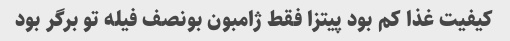
کیفیت غذا کم بود پیتزا فقط ژامبون بونصف فیله تو برگر بود